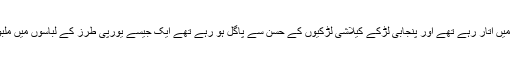
اس وقت کیلاشی لڑکے پنجابی لڑکیوں کو اپنے کیمروں میں اُتار رہے تھے اور پنجابی لڑکے کیلاشی لڑکیوں کے حسن سے پاگل ہو رہے تھے ایک جیسے یورپی طرز کے لباسوں میں ملبوس پنجابی اور کیلاشی لڑکوں میں تمیز کرنا مشکل تھا۔